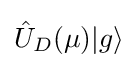
{\textstyle {\hat {U}}_{D}(\mu )|g\rangle }